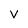
Character: v